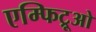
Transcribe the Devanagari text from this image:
एम्फिट्रूओ